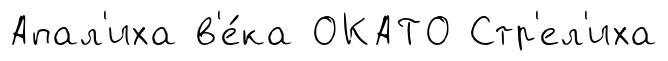
Апал'иха в'е́ка ОКАТО Стр'ел'иха